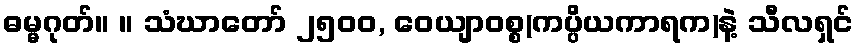
ဓမ္မဂုတ်။ ။ သံဃာတော် ၂၅၀၀, ဝေယျာဝစ္စ(ကပ္ပိယကာရက)နဲ့ သီလရှင်